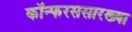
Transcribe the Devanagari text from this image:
कॉन्फरससारख्या